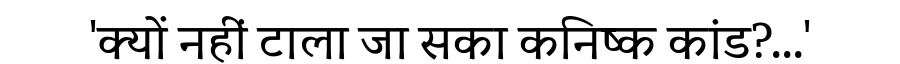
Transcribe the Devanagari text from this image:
'क्यों नहीं टाला जा सका कनिष्क कांड?...'